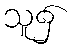
သူ၌